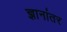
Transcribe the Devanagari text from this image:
ज्ञानांतर